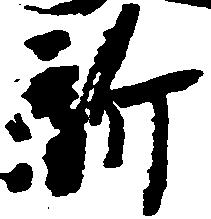
新